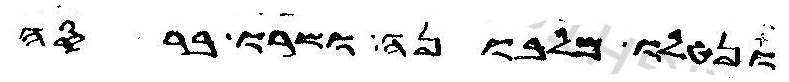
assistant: ונטלו מלבונה ושרו ברסה